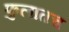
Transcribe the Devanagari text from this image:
फुलातच